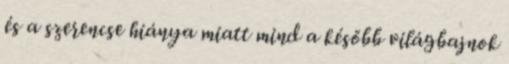
és a szerencse hiánya miatt mind a később világbajnok